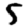
Digit: 5